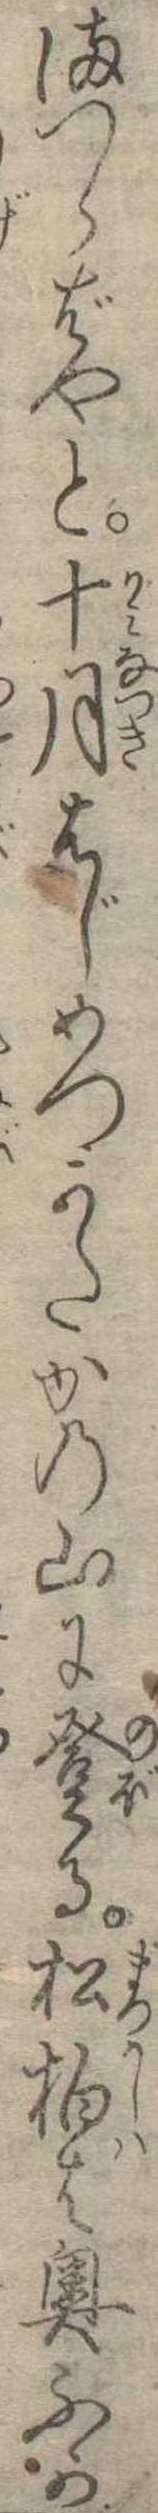
まつらばやと十月はじめつかたかの山に登る松柏は奥ふか